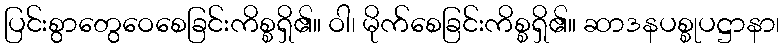
ပြင်းစွာတွေဝေစေခြင်းကိစ္စရှိ၏။ ဝါ၊ မိုက်စေခြင်းကိစ္စရှိ၏။ ဆာဒနပစ္စုပဋ္ဌာနာ၊